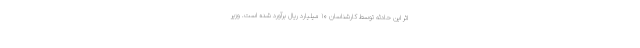
اثر این حادثه توسط کارشناسان ۱۰ میلیارد ریال برآورد شده است. وزیر